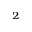
^ 2